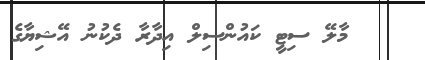
މާލޭ ސިޓީ ކައުންސިލް އިދާރާ ދެކުނު އޭޝިޔާގެ